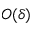
O ( \delta )